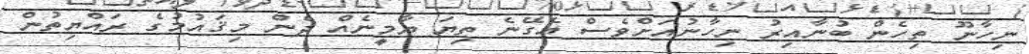
ނިހާނޫ ތިހެން ބުނާއިރު ނިހާނުއަށްވެސް އެގޭނެ ތިޔަ ޔާމީނެއް ދެން މިޤައުމުގެ ރައްޔިތުން